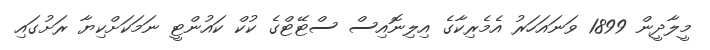
މީލާދީން 1899 ވަނައަހަރު އެމެރިކާގެ އިލިނޮއިސް ސްޓޭޓްގެ ކުކް ކައުންޓީ ނަމަކަށްކިޔާ ރަށުގައި